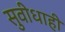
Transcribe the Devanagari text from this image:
सुवीधाही